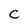
Character: C